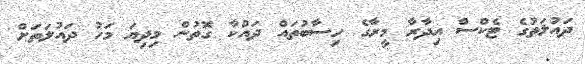
ދައުލަތުގެ ޓެކްސް އިދާރާ މީރާގެ ހިސާބުތައް ދައްކާ ގޮތުން މިދިޔަ މަހު ދައުލަތަށް